Medical and sanitary report of the native army of Madras for the year
Year: 1876
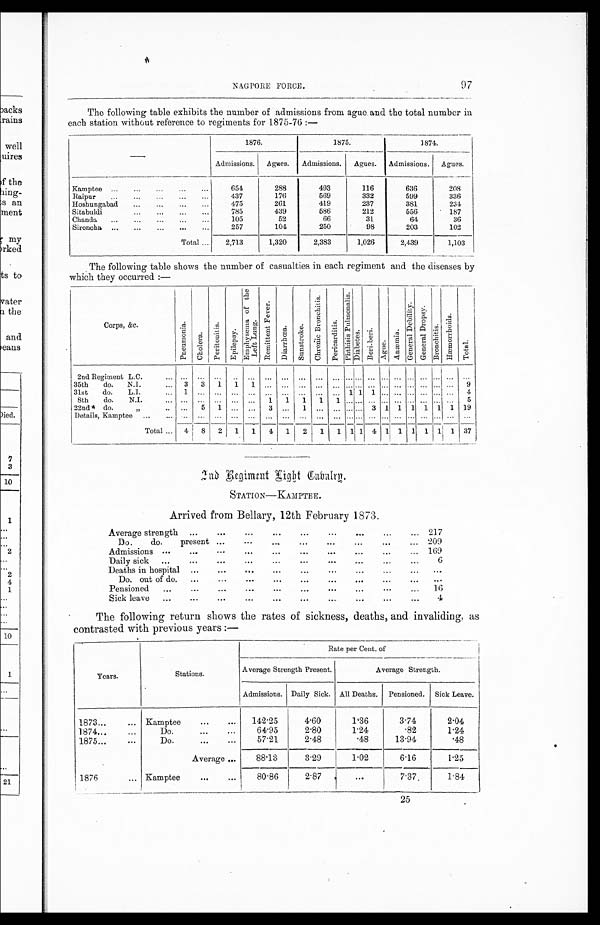
N AG PORE FORCE.
97
The following table exhibits the number of admissions from ague and the total number in
each station without reference to regiments for 1875-76:—
1876.
1875.
1874.
Admissions. Agnes. Admissions. Agnes. Admissions. Agues.
Kamptee ... ... ...
...
654
288
493
116
636
208
Raipur ... ... ... ... ...
437
176
569
332
599
336
Hoshungabad ...
... ... ...
475
261
419
237
381
231
Sitabuldi
...
... ... ...
785
439
686
212
556
' 187
Chanda ...
...
... .
...
105
52
66
31
64
36
Sironcha ... ...
... ... ...
257
104
250
98
203
102
Total ...
2,713
1,320
2,383
1,026
2,439
1,103
The following table shows the number of casualties in each regiment and the diseases by
which they occurred:—
Corps, &c.
p n e u m o n i a .
c h o l e r a
p e r i t o n i t i s . E p i l e p s y .
E m p h y s e m a o f t h e L e f t L u n g .
R e m i t t e n t F e v e r D i a r r h o e a .
S u n s t r o k e . C h r o n i c c B r o n c h i t i s P e r i c a r d i t i s .
P h t t h i s i s P u l m o n a l i s .
D i a b e t e s . . B e r i - b e r i .
A g u e
A n a e m i a .
G e n e r a l D E b i l i t y .
G e n e r a l D r o p s y B r o n c h i t i s .
H æ m o r r h o i d s . T o t a .
2nd Regiment L.C.
.. ... ... ... ... ... ... ...... ...
... ...
...
do.
3 1 s t
N . I .
... 3 3 1 1 1 .,. ...
... ... ... ... ...
...
... ... 9
31st do. L.I.
1
...
8th do. N.I.
... ... ... ... ... ...
22nd * do.
„
.. ... 5
.
3 ... 1 ... ... ... ... 3 1 1 1 1 1 1 19
Details, Kamptee ... ... ...
... ...
... ...
..
......
Total ... 4 8 2 1 1 4 1
I
2 1 1 11 1
I
4 1 1 11 1
1 37
End Regiment Light Cabalry.
STATION—KAMPTEE.
Arrived from Bellary, 12th February 1873.
Average strength ...
...
...
...
...
...
... 217
Do.
do.
present ...
...
...
.
... 209
Admissions ...
...
. . .
. .
...
...
...
...
...
... 169
Daily sick ...
...
...
...
...
...
...
...
. ..
6
Deaths in hospital ...
...
...
...
...
...
..
Do. out of do. ...
...
...
...
...
...
...
... ..
Pensioned
...
...
...
...
...
...
...
... 16
Sick leave ...
...
...
...
...
...
...
...
...
...
4
The following return shows the rates of sickness, deaths, and invaliding, as
contrasted with previous years:—
Years.
Stations.
R a t e p e r C e n t . o f
Average Strength Present.
Average Strength.
Admissions. Daily Sick. All Deaths. Pensioned. Sick Leave.
1873...
... Kamptee
...
...
142·25
4·60
1·36
3'74
2'04
64·95
2.80
1·24
'82
1·24
Do.
...
...
1874...
...
57·21
2'48
·48
13-94
·48
1875...
...
Do.
...
...
Average ...
88.13
3·29
1·02
6.16
1·25
1876
... Kamptee
...
80'86
2·87
...
7.37,
1·84
25